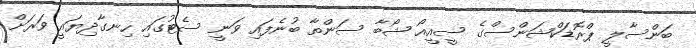
ބަންސާލީ ޕްރޮޑަކްޝަންސްގެ ސީއީއޯ ޝޯބާ ސަންތާ ބުނެފައި ވަނީ ސެޓުގައި ހިނގާދިޔައީ ވަރަށް